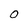
Character: 0